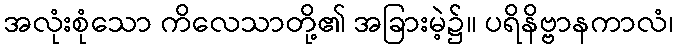
အလုံးစုံသော ကိလေသာတို့၏ အခြားမဲ့၌။ ပရိနိဗ္ဗာနကာလံ၊